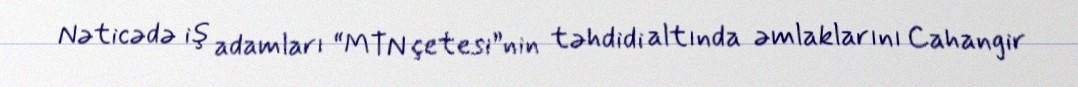
Nəticədə iş adamları “MTN çetesi”nin təhdidi altında əmlaklarını Cahangir